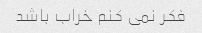
فکر نمی کنم خراب باشد